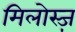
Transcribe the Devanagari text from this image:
मिलोस्ज़